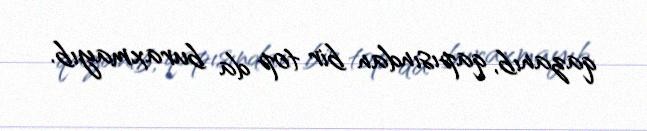
qazanıb, qapısından bir top da buraxmayıb.